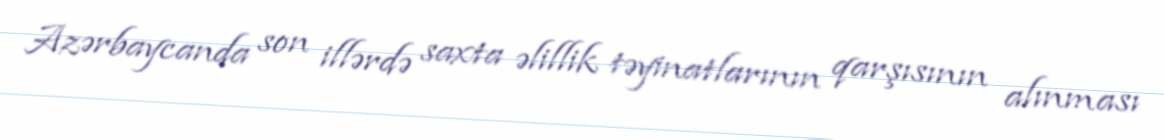
Azərbaycanda son illərdə saxta əlillik təyinatlarının qarşısının alınması